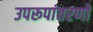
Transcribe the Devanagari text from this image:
उपरूपांतरणों